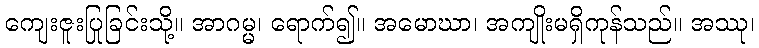
ကျေးဇူးပြုခြင်းသို့။ အာဂမ္မ၊ ရောက်၍။ အမောဃာ၊ အကျိုးမရှိကုန်သည်။ အဿု၊